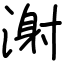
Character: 㴬